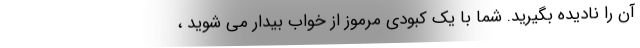
آن را نادیده بگیرید. شما با یک کبودی مرموز از خواب بیدار می شوید ،